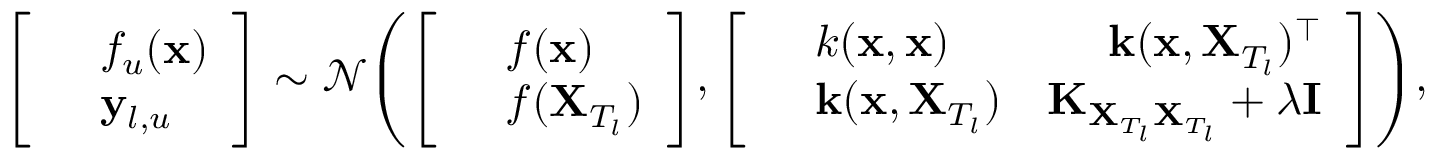
\Bigg [ \begin{array} { r l } & { f _ { u } ( \mathbf { x } ) } \\ & { \mathbf { y } _ { l , u } } \end{array} \Bigg ] \sim \mathcal { N } \Bigg ( \Bigg [ \begin{array} { r l } & { f ( \mathbf { x } ) } \\ & { f ( \mathbf { X } _ { T _ { l } } ) } \end{array} \Bigg ] , \Bigg [ \begin{array} { r l r } & { k ( \mathbf { x } , \mathbf { x } ) \quad } & { \mathbf { k } ( \mathbf { x } , \mathbf { X } _ { T _ { l } } ) ^ { \top } } \\ & { \mathbf { k } ( \mathbf { x } , \mathbf { X } _ { T _ { l } } ) } & { \mathbf { K } _ { \mathbf { X } _ { T _ { l } } \mathbf { X } _ { T _ { l } } } + \lambda \mathbf { I } } \end{array} \Bigg ] \Bigg ) ,